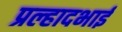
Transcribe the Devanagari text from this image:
प्रल्हादभाई